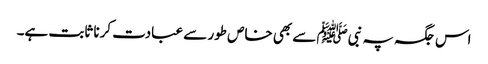
اس جگہ پہ نبیﷺ سے بھی خاص طور سے عبادت کرنا ثابت ہے۔